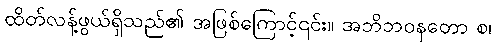
ထိတ်လန့်ဖွယ်ရှိသည်၏ အဖြစ်ကြောင့်၎င်း။ အဘိဘဝနတော စ၊